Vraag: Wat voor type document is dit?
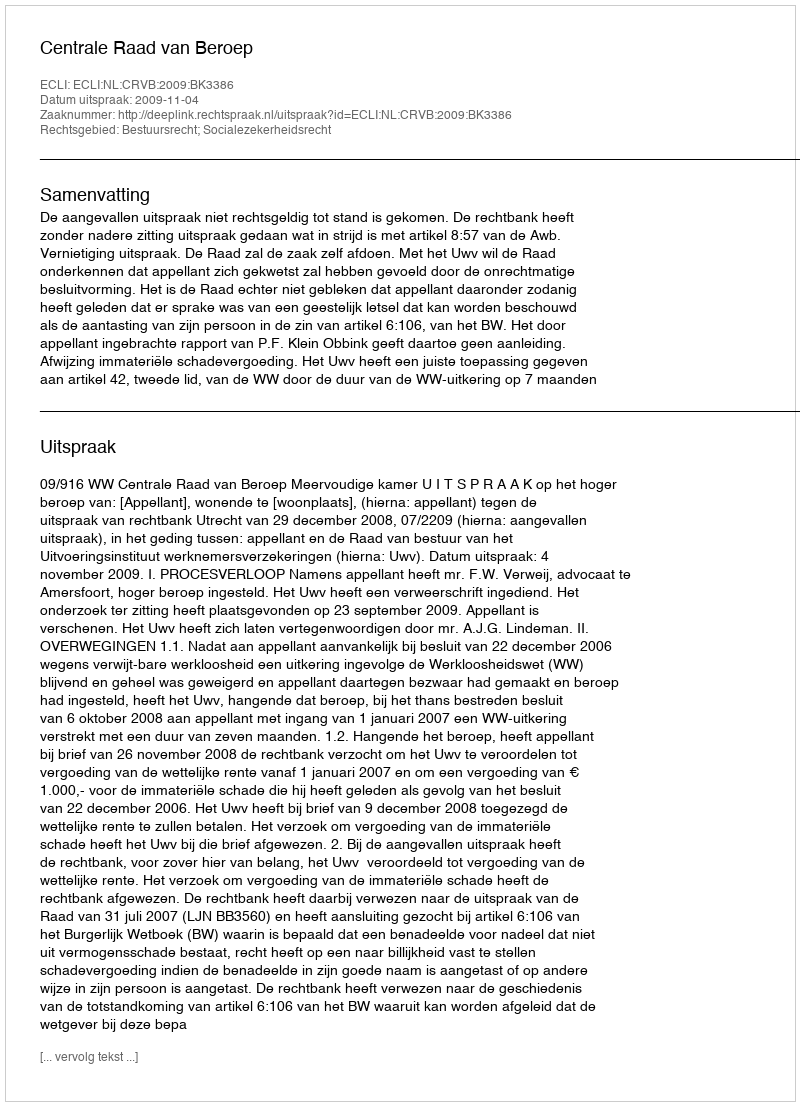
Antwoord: Uitspraak